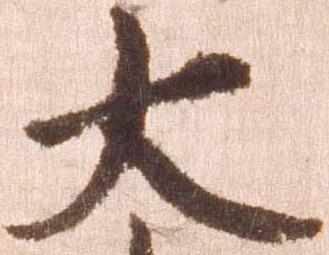
大